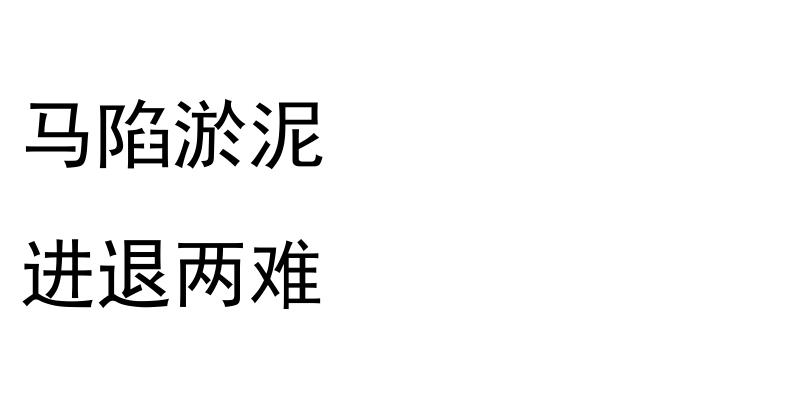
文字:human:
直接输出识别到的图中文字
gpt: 马陷淤泥 进退两难